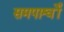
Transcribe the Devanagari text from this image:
समपार्श्वों